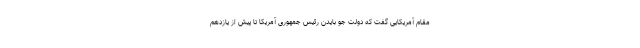
مقام آمریکایی گفت که دولت جو بایدن رئیس جمهوری آمریکا تا پیش از یازدهم